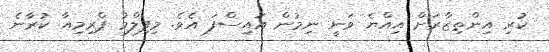
ކުރި އިންތިޒާރަށް އިއްޔެ ވަނީ ނިމުން އައިސްފަ އެވެ. މިފިލްމު ޕްރިމިއާ ކުރާނެ